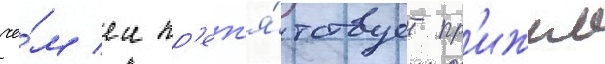
че́м еи пр'еп'я́тствует пр'ижим